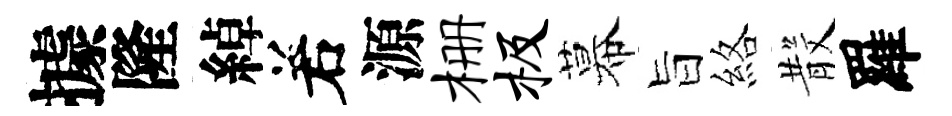
據隆綽𠰥源栅极幕旨絡𣪚羅